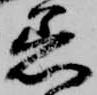
着